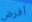
أفرض